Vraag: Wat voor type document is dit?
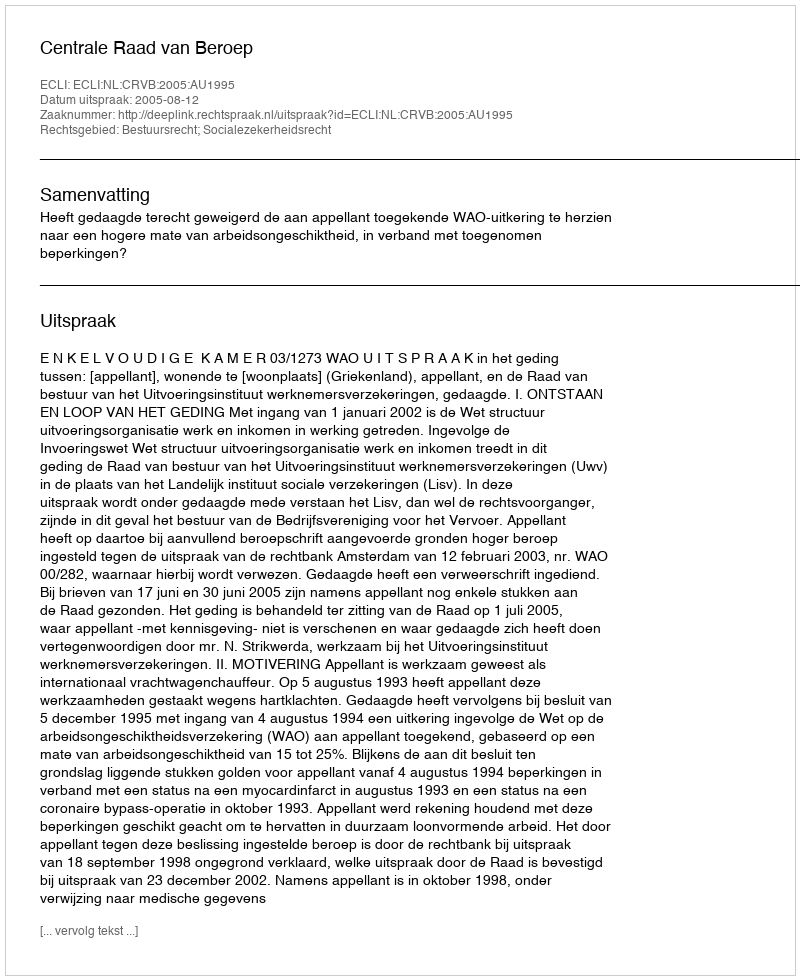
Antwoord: Uitspraak